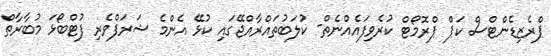
ޕްރެޒިޑެންޓްސް ކަޕް ޕްރޮމޯޓް ކުރެވިފައެއްނެތް- ކުލަބުތައްރާއްޖޭގައި ކުޅޭ އެންމެ ޝަރަފްވެރި ފުޓްބޯޅަ މުބާރާތް